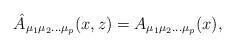
LaTeX: \begin{align*}\hat A_{\mu_{1}\mu_{2}\ldots\mu_{p}}(x,z)=A_{\mu_{1}\mu_{2}\ldots\mu_{p}}(x),\end{align*}